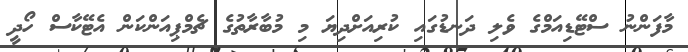
މާފަންނު ސްޓޭޑިއަމްގެ ވެލި ދަނޑުގައި ކުރިއަށްދިޔަ މި މުބާރާތުގެ ޗެމްޕިއަންކަން އެޓޭކާސް ހޯދީ